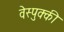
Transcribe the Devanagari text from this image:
वेस्पुक्की